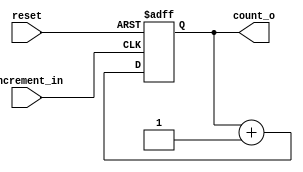
`timescale 1ns / 1ps
module counter6(reset, increment_in, count_o);
    input reset, increment_in;
    output [5:0] count_o;
    reg [5:0] count_o;
    
    always @ (posedge increment_in or negedge reset) begin
        if (reset == 0) begin
            count_o <= 6'b000000;
        end else begin
            count_o <= (count_o + 1'b1);
        end
    end
endmodule